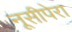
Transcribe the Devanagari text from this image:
नूसीपेरा